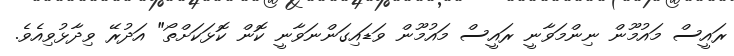
ރައީސް މައުމޫން ނިންމަވާނީ ރައީސް މައުމޫން ވަޑައިގަންނަވާނީ ކޮން ކޮޅަކަށްތޯ" އަދުރޭ ވިދާޅުވިއެވެ.